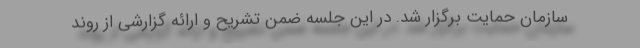
سازمان حمایت برگزار شد. در این جلسه ضمن تشریح و ارائه گزارشی از روند